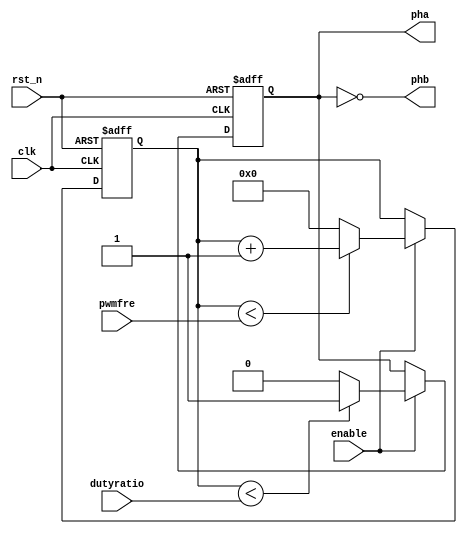
/*************************************************************************************
*pwmfre = 50000000Hz/pwm frequency
*dutyratio = pwmfre * percent
*Example : 100Hz 50% dutyratio pwm output 
			pwmfre = 50000000Hz/100Hz
			dutyratio = pwmfre * 50%
**************************************************************************************/
module pwm_out(rst_n, clk, enable, pha, phb, pwmfre, dutyratio);

input rst_n;
input clk;
input enable;
input[31:0] pwmfre;
input[31:0]  dutyratio;
output pha;
output phb;

reg pwm_reg;

reg [31:0] count_reg;

always @(posedge clk or negedge rst_n) begin
    if (!rst_n) begin
        count_reg   <= 0;
    end 
	 else if (enable) 
	 begin
        if (count_reg < pwmfre) begin
            count_reg <= count_reg + 1;
        end 
		  else begin
            count_reg <= 0;
        end
    end
end

always @(posedge clk or negedge rst_n) begin
    if (!rst_n) begin
        pwm_reg <= 1'h0;
    end 
	 else if (enable) 
	 begin
        if (count_reg < dutyratio) begin
            pwm_reg <= 1'h1;
        end 
		  else begin
            pwm_reg <= 1'h0;
        end
    end
end

assign pha = pwm_reg;
assign phb = ~pwm_reg;
endmodule